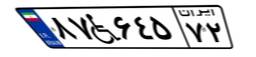
۸۷W۶۴۵۷۲